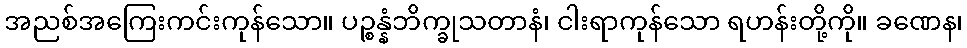
အညစ်အကြေးကင်းကုန်သော။ ပဉ္စန္နံဘိက္ခုသတာနံ၊ ငါးရာကုန်သော ရဟန်းတို့ကို။ ခဏေန၊